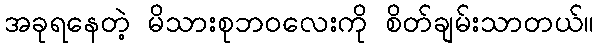
အခုရနေတဲ့ မိသားစုဘဝလေးကို စိတ်ချမ်းသာတယ်။